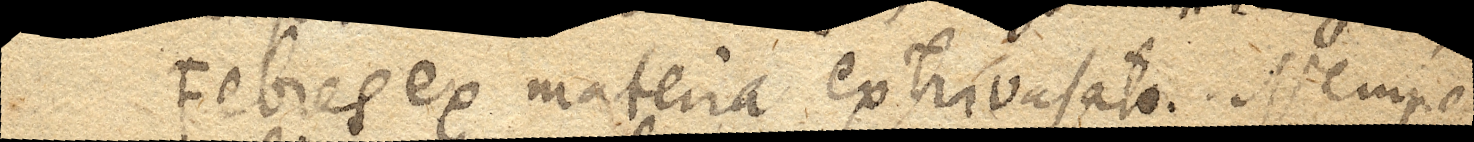
Febres ex materia extravasatae. Nempe